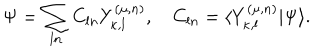
LaTeX: \Psi = \sum _ { l n } C _ { l n } Y _ { \kappa , l } ^ { ( \mu , n ) } , \quad C _ { l n } = \langle Y _ { \kappa , l } ^ { ( \mu , n ) } | \Psi \rangle .